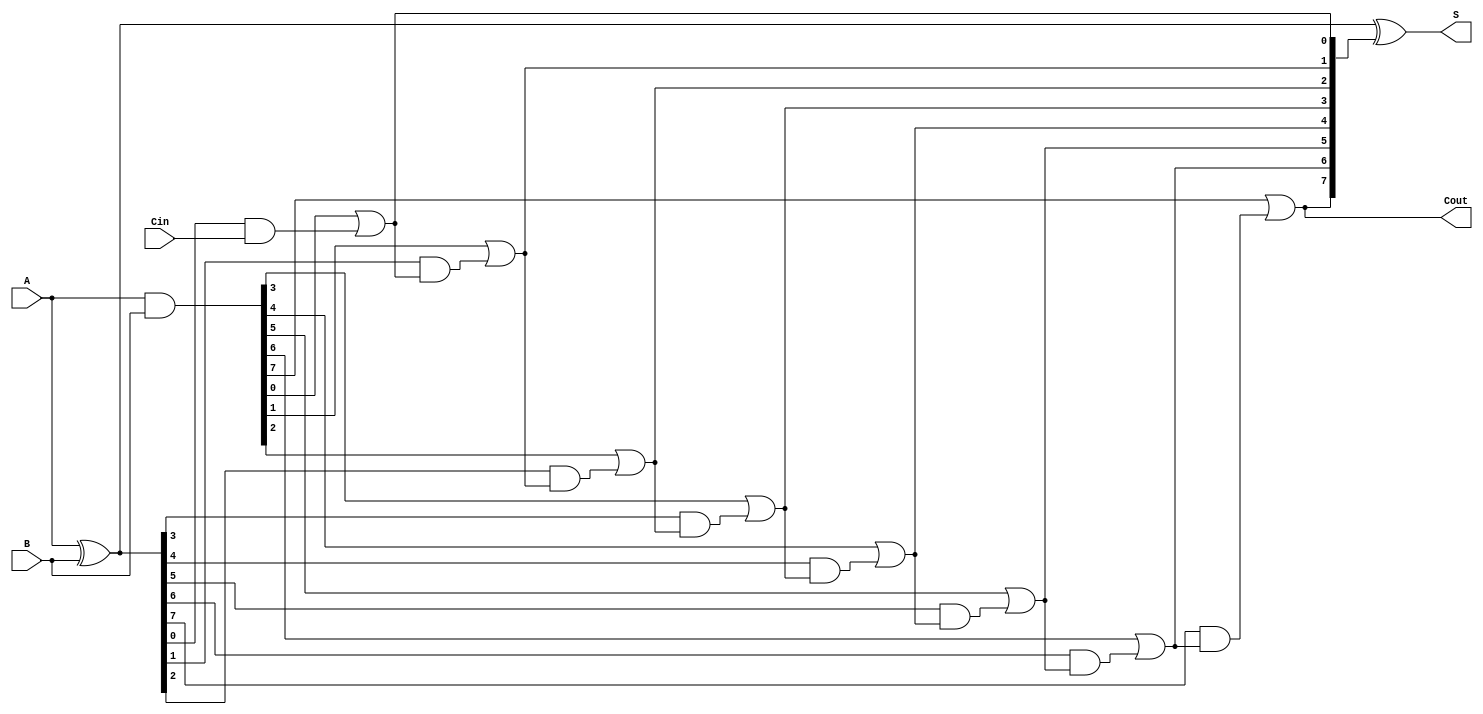
module Sklansky_Adder #(parameter N = 8) (
    input  [N-1:0] A,
    input  [N-1:0] B,
    input          Cin,
    output [N-1:0] S,
    output         Cout
);

    // Generate and Propagate signals
    wire [N-1:0] G; // Generate
    wire [N-1:0] P; // Propagate
    wire [N:0] C;   // Carry signals (C[0] = Cin)

    // Generate and Propagate Calculation
    assign G = A & B;          // G[i] = A[i] AND B[i]
    assign P = A ^ B;          // P[i] = A[i] XOR B[i]

    // Hierarchical Carry Generation
    assign C[0] = Cin;         // C[0] = Carry-In

    // Level 1 Carry Generation
    genvar i;
    generate
        for (i = 0; i < N; i = i + 1) begin : carry_gen
            assign C[i + 1] = G[i] | (P[i] & C[i]); // C[i+1] = G[i] + (P[i] * C[i])
        end
    endgenerate

    // Sum Calculation
    assign S = P ^ C[N:1];      // S[i] = P[i] XOR C[i]

    // Final Carry-Out
    assign Cout = C[N];         // Cout = C[N]

endmodule